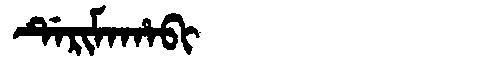
Manchu: ᡩᡝᡵᡳᠮᠠᡥᠠᠪᡳ
Romanization: DERIMAHABI